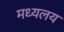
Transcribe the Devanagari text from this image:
मध्‍यलय